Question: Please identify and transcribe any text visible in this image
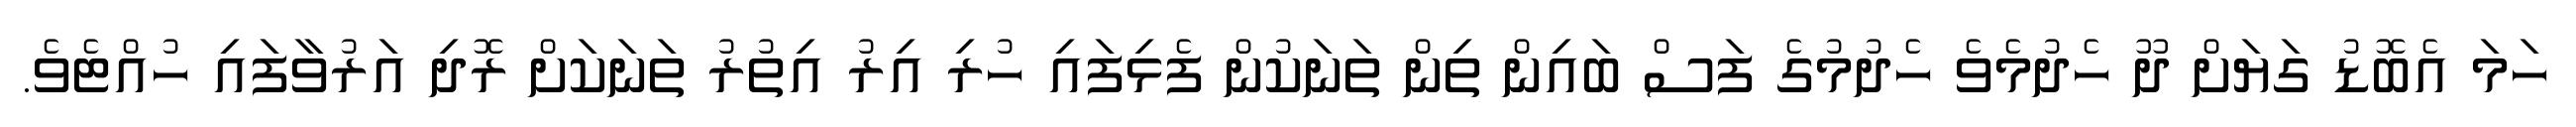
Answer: ހަމަ އެބޮޑު ގަޔަށް ދޫ ހެދުމެވެ ހެދުމުގެ ފަސް ބައިން ތިން ތަނަކުން ފެޅިފައި ހުރި އިރު އިތުރު ތަނަކަށް ރޮދި އަރުވާފައި ހުއްޓެވެ.